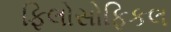
ફિલોસોફિકલ